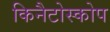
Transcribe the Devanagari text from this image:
किनैटोस्कोप